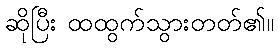
ဆိုပြီး ထထွက်သွားတတ်၏။